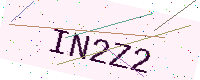
Text: IN2Z2